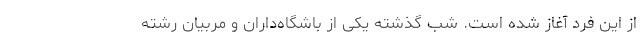
از این فرد آغاز شده است. شب گذشته یکی از باشگاه‌داران و مربیان رشته